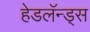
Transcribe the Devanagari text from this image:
हेडलॅन्ड्‌स